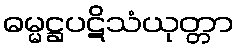
ဓမ္မဋ္ဌပဋိသံယုတ္တာ